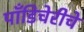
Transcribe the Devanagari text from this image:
पाँडिचेरीचे